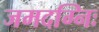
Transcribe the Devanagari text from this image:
जमदग्निः